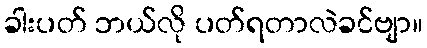
ခါးပတ် ဘယ်လို ပတ်ရတာလဲခင်ဗျာ။